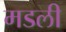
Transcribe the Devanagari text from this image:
मडली